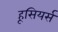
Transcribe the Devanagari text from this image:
हूसियर्स